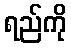
ရည်ကို